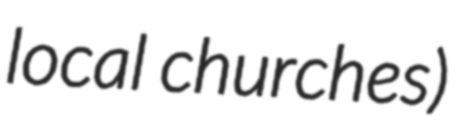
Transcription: local churches)